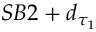
S B 2 + d _ { \tau _ { 1 } }